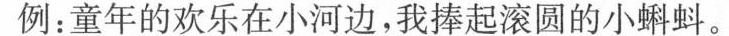
例：童年的欢乐在小河边，我捧起滚圆的小蝌蚪。